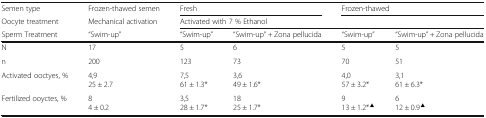
<table><thead><tr><td><b>Semen type</b></td><td><b>Frozen-thawed semen</b></td><td colspan="2"><b>Fresh</b></td><td colspan="2"><b>Frozen-thawed</b></td></tr><tr><td><b>Oocyte treatment</b></td><td><b>Mechanical activation</b></td><td colspan="4"><b>Activated with 7 % Ethanol</b></td></tr><tr><td><b>Sperm Treatment</b></td><td><b>“Swim-up”</b></td><td><b>“Swim-up”</b></td><td><b>“Swim-up” + Zona pellucida</b></td><td><b>“Swim-up”</b></td><td><b>“Swim-up” + Zona pellucida</b></td></tr></thead><tbody><tr><td>N</td><td>17</td><td>5</td><td>6</td><td>5</td><td>5</td></tr><tr><td>n</td><td>200</td><td>123</td><td>73</td><td>70</td><td>51</td></tr><tr><td>Activated ooctyes, %</td><td>4,925 ± 2.7</td><td>7,561 ± 1.3*</td><td>3,649 ± 1.6*</td><td>4,057 ± 3.2*</td><td>3,161 ± 6.3*</td></tr><tr><td>Fertilized ooyctes, %</td><td>84 ± 0.2</td><td>3,528 ± 1.7*</td><td>1825 ± 1.7*</td><td>913 ± 1.2*<sup>▲</sup></td><td>612 ± 0.9<sup>▲</sup></td></tr></tbody></table>